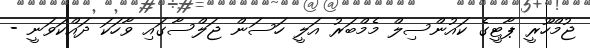
ޖުމްހޫރީ ޕާޓީގެ ކައުންސިލް މެމްބަރު އަލީ ހަސަން ޖަލްސާގައި ވާހަކަ ދައްކަވަނީ -